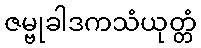
ဇမ္ဗုခါဒကသံယုတ္တံ